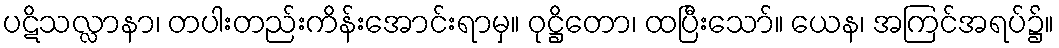
ပဋိသလ္လာနာ၊ တပါးတည်းကိန်းအောင်းရာမှ။ ဝုဋ္ဌိတော၊ ထပြီးသော်။ ယေန၊ အကြင်အရပ်၌။